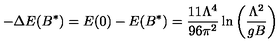
- \Delta E ( B ^ { * } ) = E ( 0 ) - E ( B ^ { * } ) = { \frac { 1 1 \Lambda ^ { 4 } } { 9 6 \pi ^ { 2 } } } \ln \left( { \frac { \Lambda ^ { 2 } } { g B } } \right)